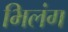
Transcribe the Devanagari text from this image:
भिलंग